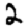
Digit: 2